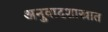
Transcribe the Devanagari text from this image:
अनुवादशास्त्रात